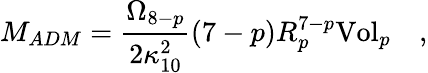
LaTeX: M_{ADM}={\frac{\Omega_{8-p}}{2\kappa_{10}^{2}}}(7-p)R_{p}^{7-p}{\mathrm{Vol}}_{p}\quad,